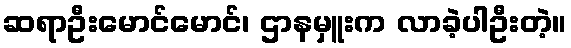
ဆရာဦးမောင်မောင်၊ ဌာနမှူးက လာခဲ့ပါဦးတဲ့။